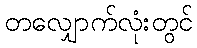
တလျှောက်လုံးတွင်